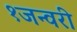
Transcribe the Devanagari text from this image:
१जन्वरी